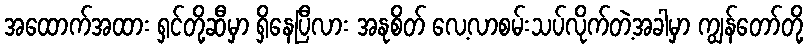
အထောက်အထား ရှင်တို့ဆီမှာ ရှိနေပြီလား အနုစိတ် လေ့လာစမ်းသပ်လိုက်တဲ့အခါမှာ ကျွန်တော်တို့